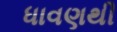
ધાવણથી